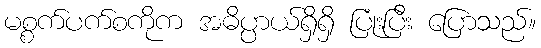
မစ္စက်ပက်စကိုက အဓိပ္ပာယ်ရှိရှိ ပြုံးပြီး ပြောသည်။